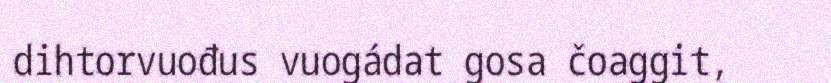
dihtorvuođus vuogádat gosa čoaggit,